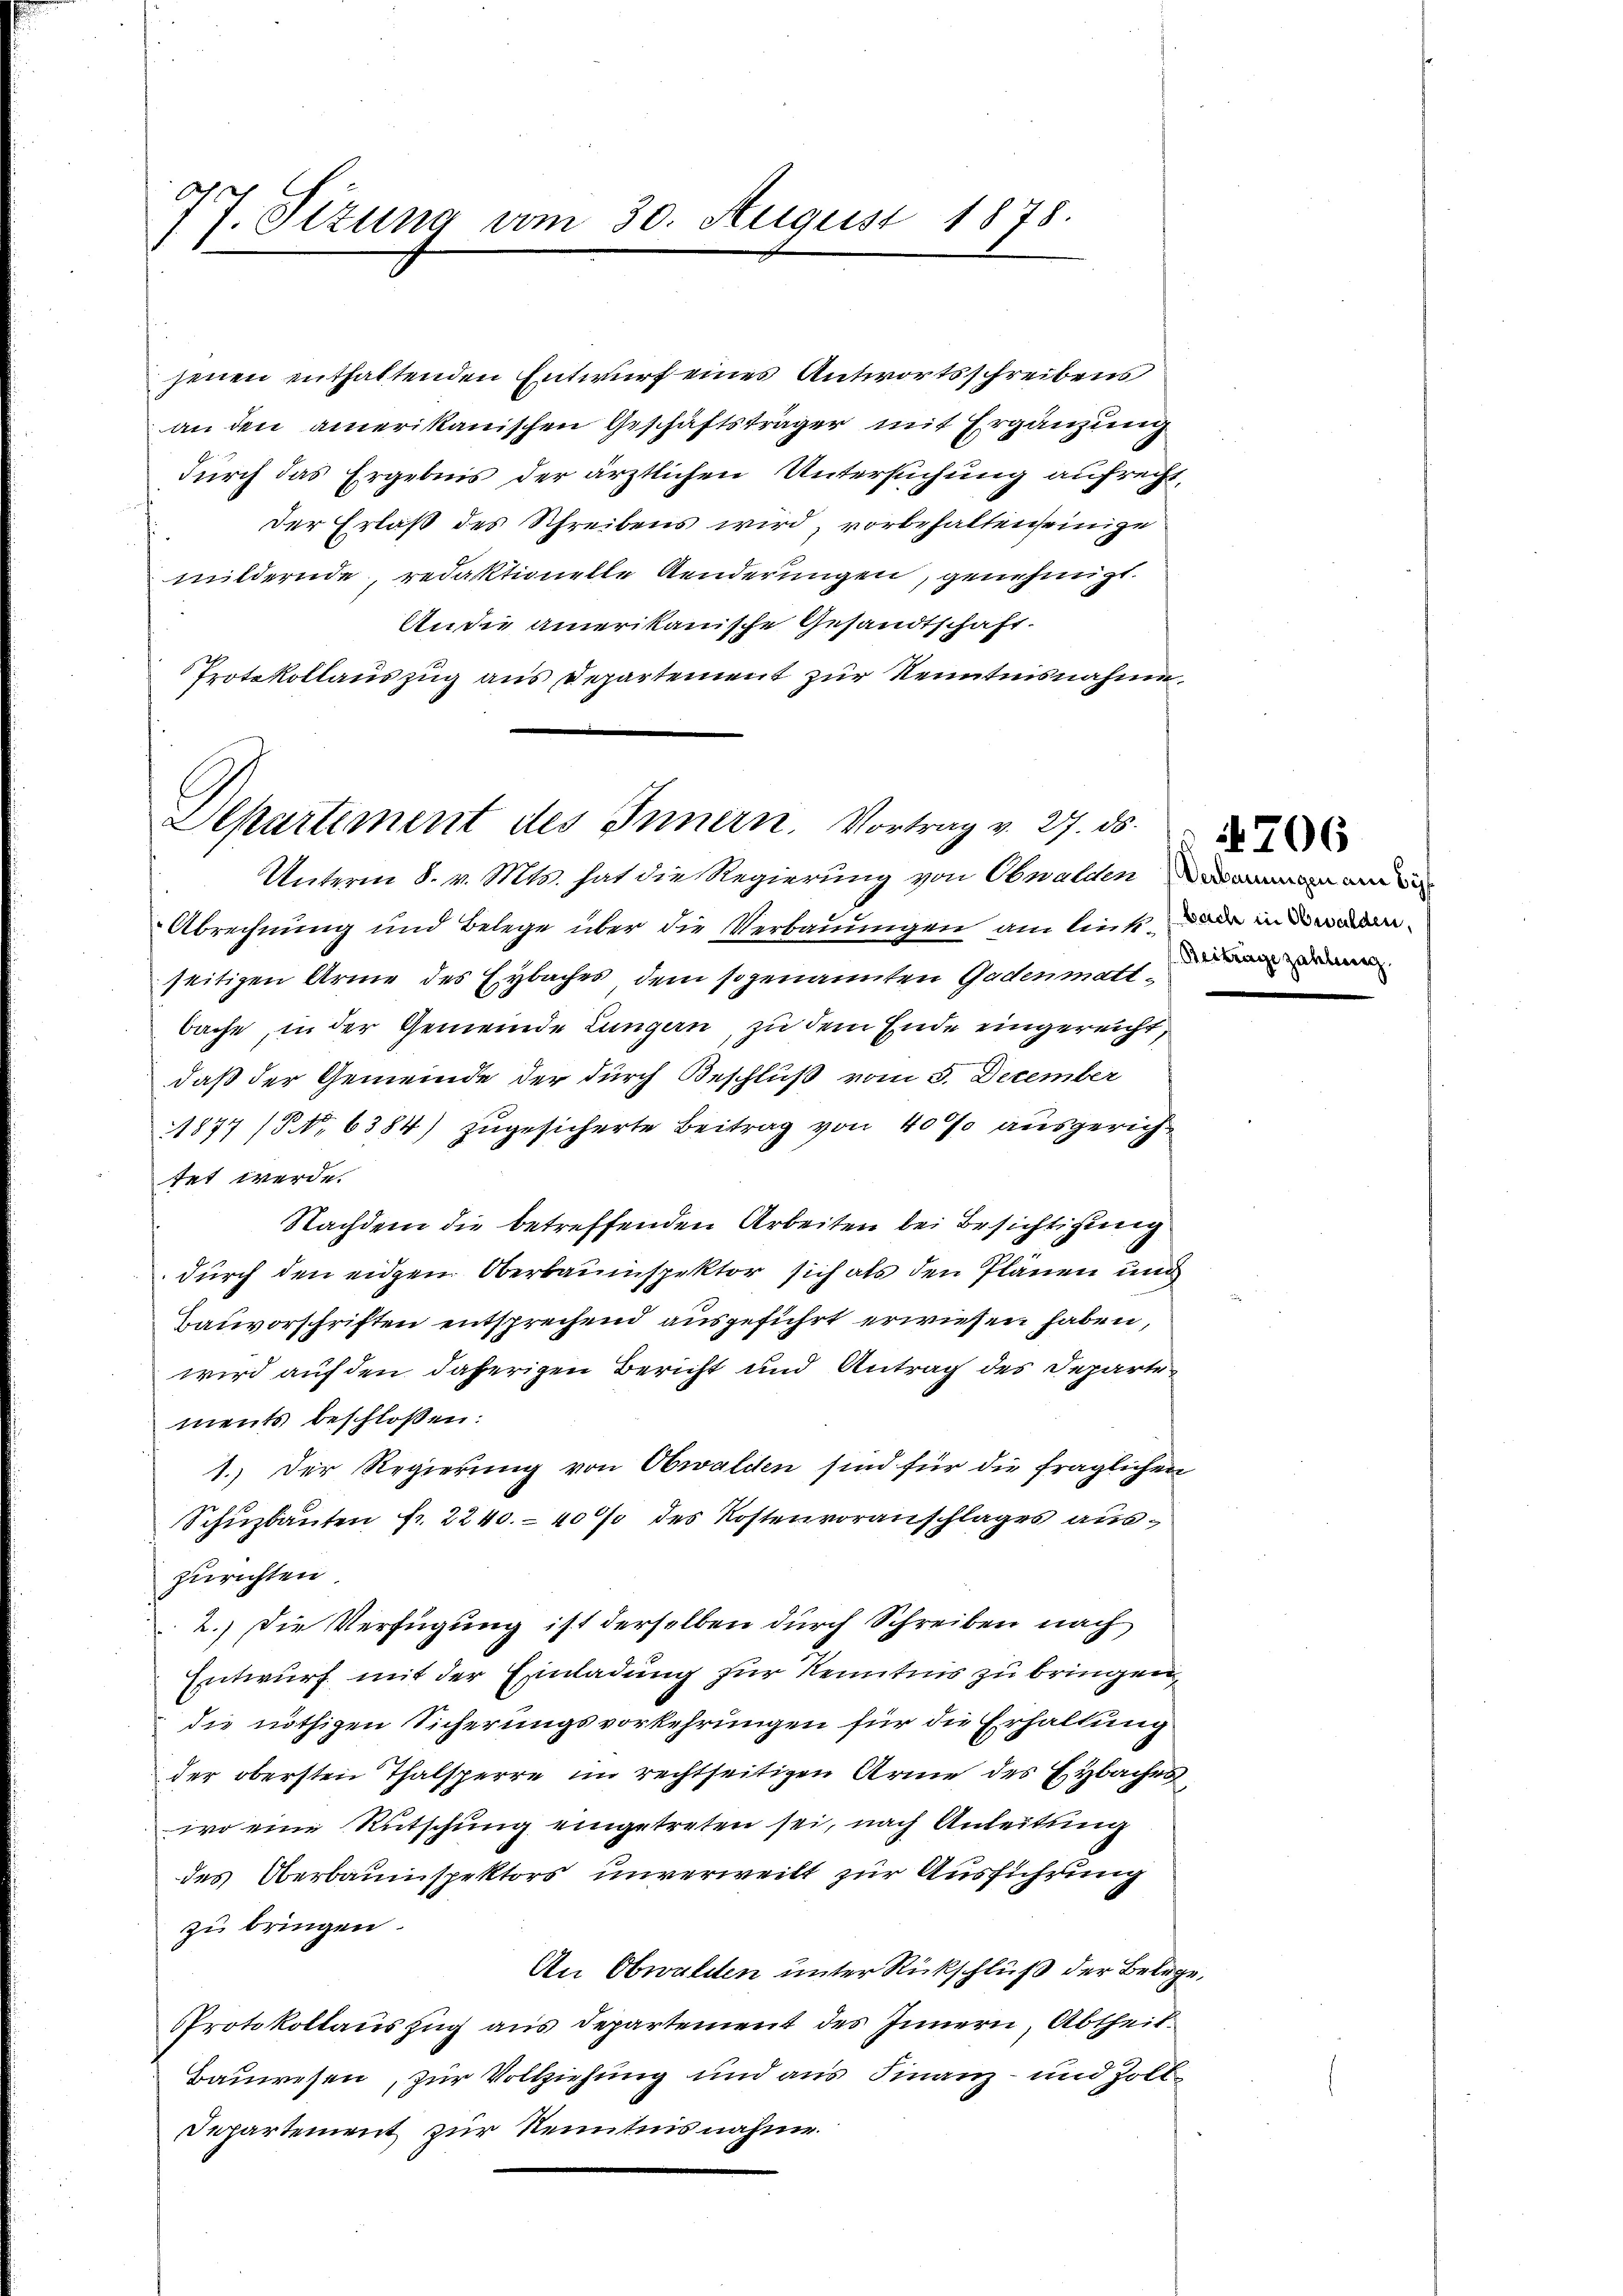
77. Sizung vom 30. August 1878.

jenen enthaltenden Entwurf eines Antwortsschreibens
an den amerikanischen Geschäftsträger mit Ergänzung
durch das Ergebnis der ärztlichen Untersuchung aufrecht,
s
der Erlaß des Schreibens wird, vorbehalten seinige
mildernde, redaktionelle Aenderungen, genehmigt.
An die amerikanische Gesandtschaft.
Protokollaŭszŭg aŭs Departement zŭr Kenntnisnahme

Departement des Innern. Vortrag v. 27. ds.
Unterm 8. v. Mts. hat die Regierung von Obwalden

Abrechnung und Belege über die Verbauungen am ließ d
seitigen Arme des Eybaches dem sogenannten Gadenmatt-
bache, in der Gemeinde Lungern, zu dem Ende eingereicht,
daß der Gemeinde der durch Beschluß vom 3. December
1877 (No 6384) zŭgesicherte Beitrag von 40% ausgerichtet werde.
Nachdem die betreffenden Arbeiten bei Besichtigung
durch den eidgen. Oberbauinspektor sich als den Plänen und
Lauvorschriften entsprechend ausgeführt erwiesen haben,
wird auf den daherigen Bericht und Antrag des Departe
ments beschlossen:
1.) Der Regierung von Obwaldten sind für die fraglichen
Schüzbauten fr. 2240. - 40% des Kostenvoranschlages auszurichten.
2.) Die Verfügung ist derselben durch Schreiben nach
Entwurf mit der Einladung für Kenntnis zu bringen,
die nöthigen Sicherungsvorkehrungen für die Erhaltung
der obersten Thalsperre im rechtseitigen Arme des Hybaches
wo eine Rutschung eingetreten sei, nach Anleitung
des Oberbauinspektors unverweilt zur Ausführung
zu bringen.
An Obwalden unter Rückschluß der Belege,
PProtokollauszug aus Departement des Innern, Abtheil.
Bauwesen, zur Vollziehung und aus Finanz- und Zoll-
Departement zur Kenntnisnahme.

Beitrage zahlung.